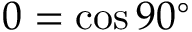
0 = \cos 9 0 ^ { \circ }